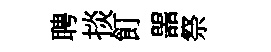
聘掞飣噐祭